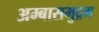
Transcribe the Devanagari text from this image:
अम्बासमुद्रम